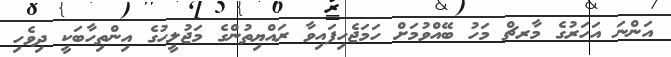
އަންނަ އަހަރުގެ މާރޗް މަހު ބޭއްވުމަށް ހަމަޖެހިފައިވާ ރައްޔިތުންގެ މަޖުލީހުގެ އިންތިހާބަކީ ދިވެހި